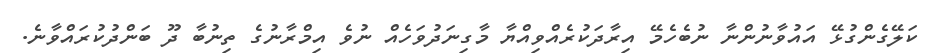
ކަލޭގެންގުޅޭ އައުވާނުންނާ ނުބެހެމޭ އިރާދަކުރެއްވިއްޔާ މާގިނަދުވަހެއް ނުވެ އިމްރާނުގެ ތިނުބާ ދޫ ބަންދުކުރައްވާނެ.